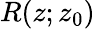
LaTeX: R(z;z_{0})